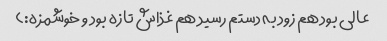
عالی بود هم زود به دستم رسید هم غذاش تازه بود و خوشمزه:)